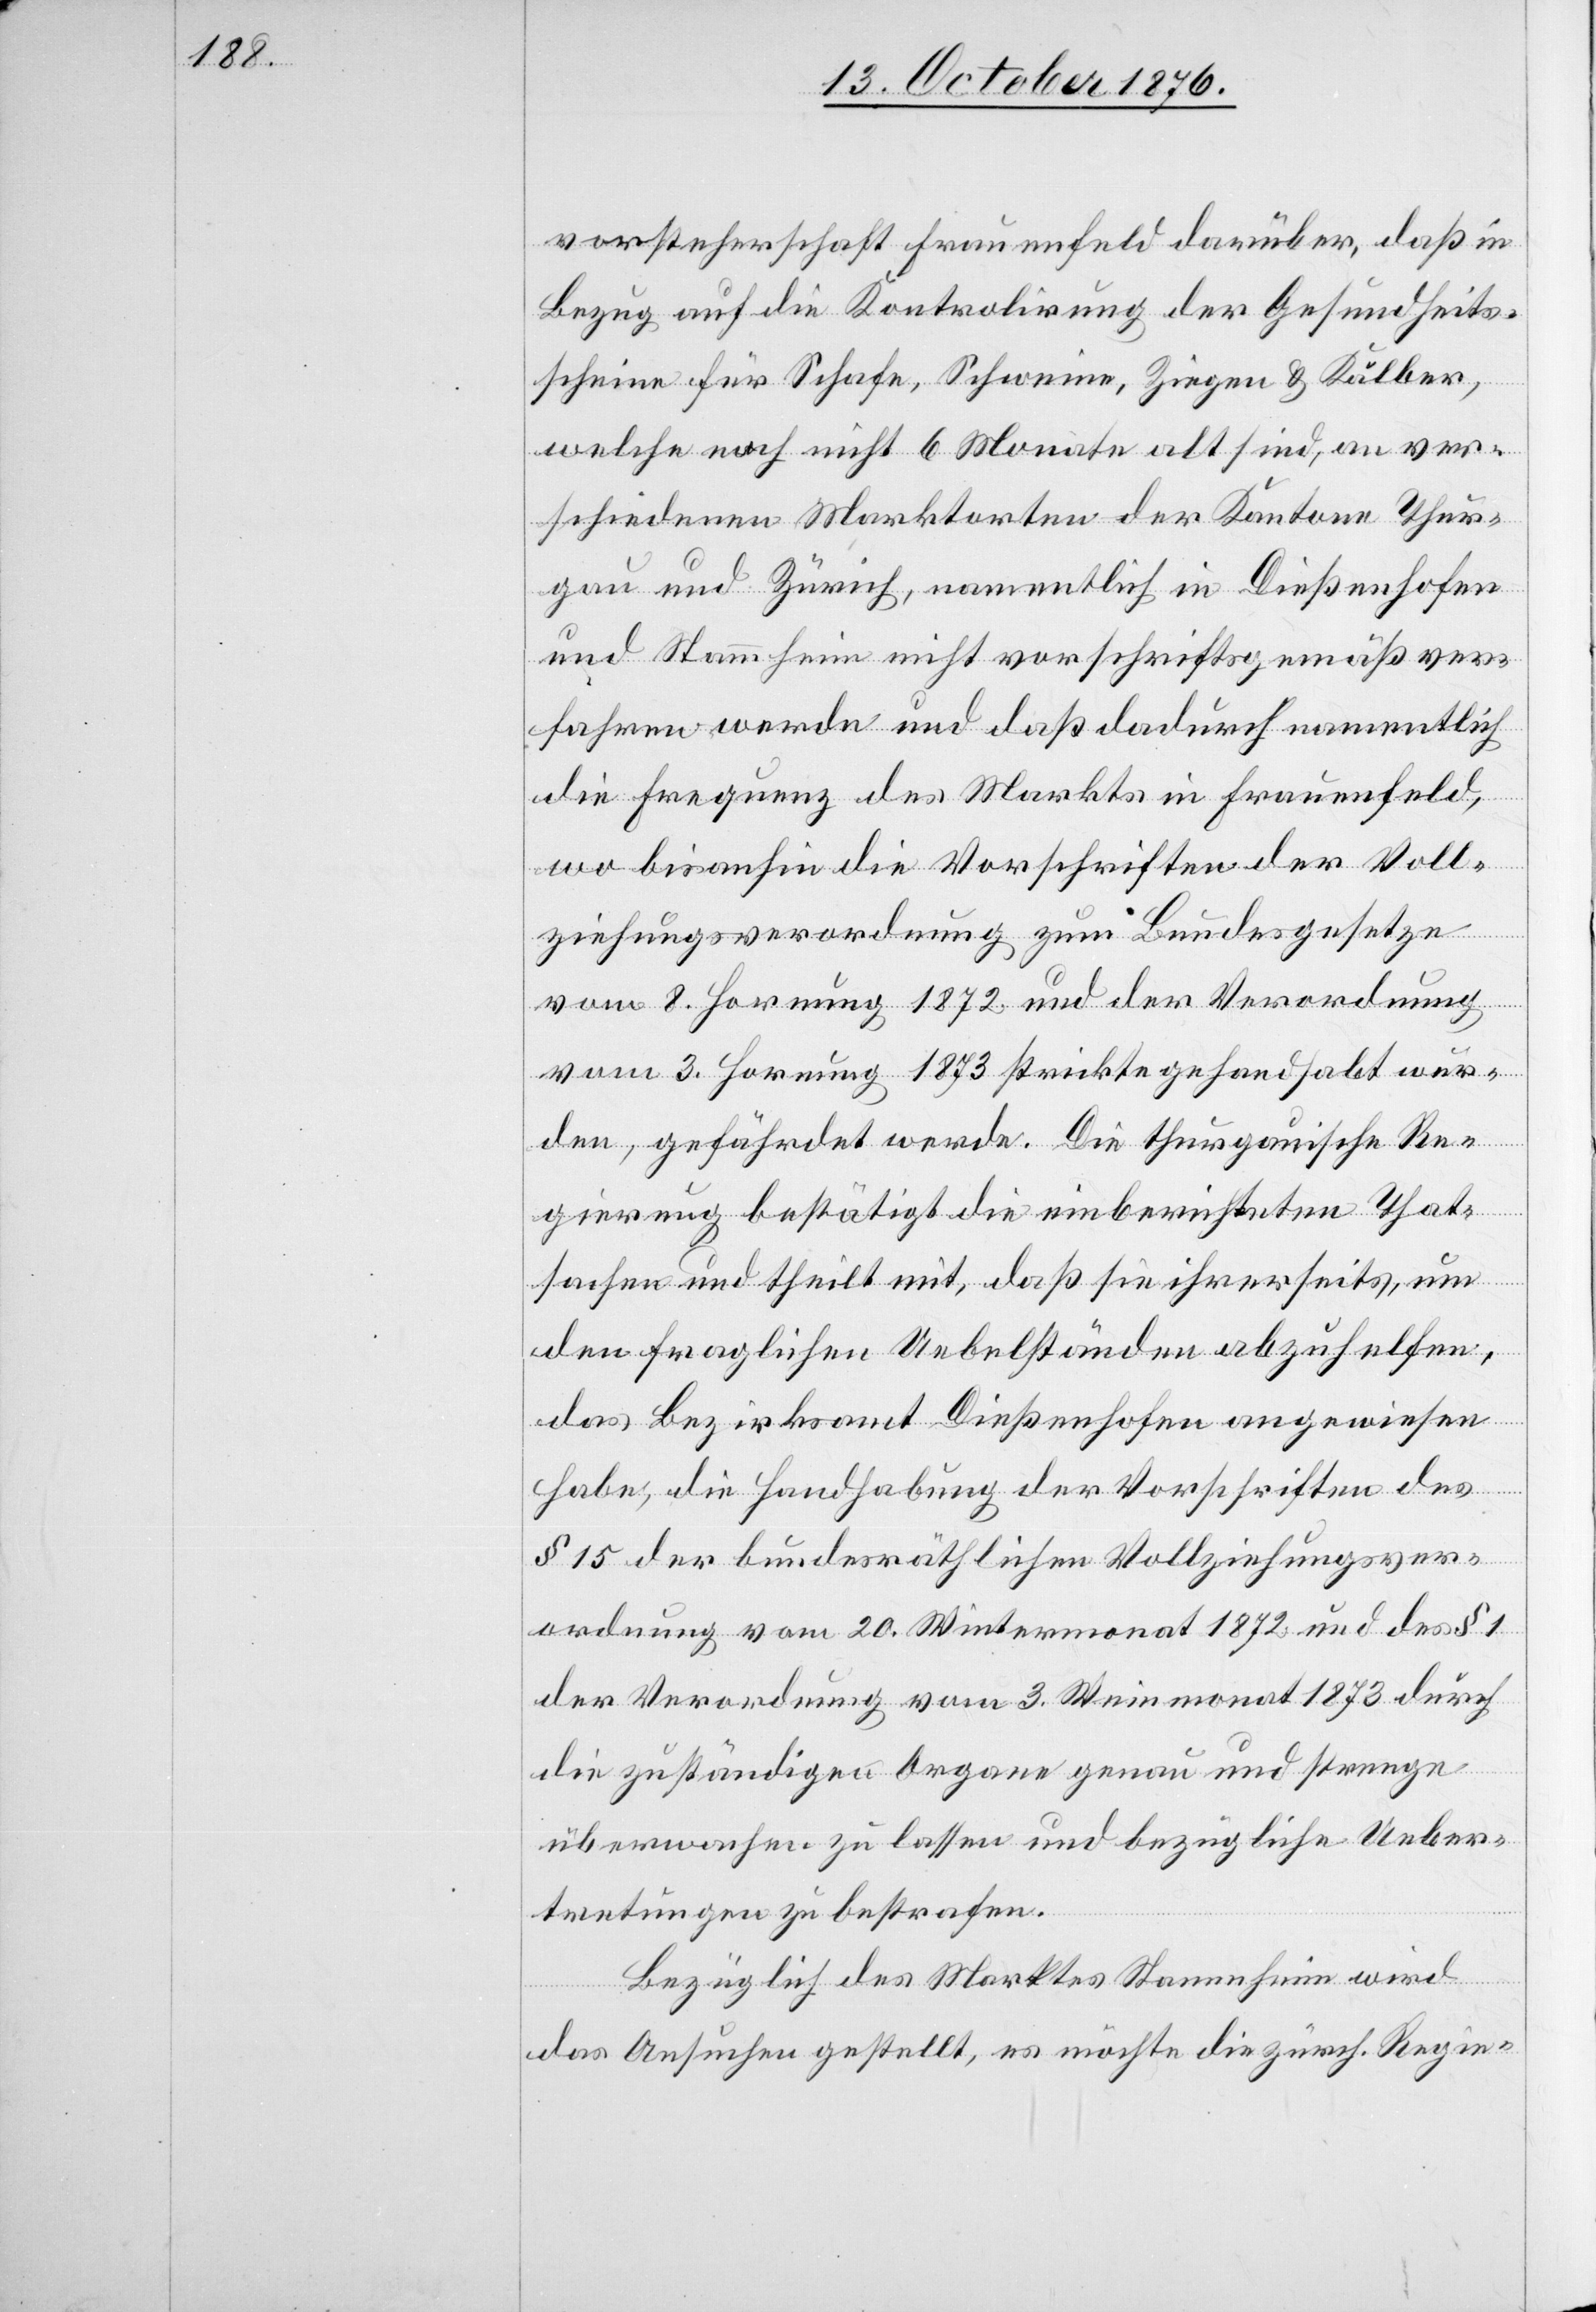
vorsteherschaft Frauenfeld darüber, daß in
Bezug auf die Kontrolirung der Gesundheits¬
schiene für Schafe, Schweine, Ziegen & Kälber,
welche noch nicht 6 Monate alt sind, an ver¬
schiedenen Marktorten der Kantone Thur¬
gau und Zürich, namentlich in Dießenhofen
und Stammheim nicht vorschriftsgemäß ver¬
fahren werde und daß dadurch namentlich
die Frequenz des Markts in Frauenfeld,
wo bisanhin die Vorschriften der Voll¬
ziehungsverordnung zum Bundesgesetze
vom 8. Hornung 1872 und der Verordnung
vom 3. Hornung 1873 strickte gehandhabt wur¬
den, gefährdet werde. Die thurgauische Re¬
gierung bestätigt die einberichteten That¬
sachen und theilt mit, daß sie ihrerseits, um
den fraglichen Uebelständen abzuhelfen,
das Bezirksamt Dießenhofen angewiesen
habe, die Handhabung der Vorschriften des
§ 15 der bundesräthlichen Vollziehungsver¬
ordnung vom 20. Wintermonat 1872 und des § 1
der Verordnung vom 3. Weinmonat 1873 durch
die zuständigen Organe genau und strenge
überwachen zu lassen und bezügliche Ueber¬
tretungen zu bestrafen.
Bezüglich des Marktes Stammheim wird
das Ansuchen gestellt, es möchte die zürch. Regie-